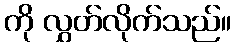
ကို လွှတ်လိုက်သည်။